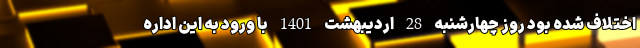
اختلاف شده بود روز چهارشنبه 28 اردیبهشت 1401 با ورود به این اداره